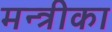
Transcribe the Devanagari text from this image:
मन्त्रीका